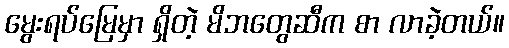
မွေးရပ်မြေမှာ ရှိတဲ့ မိဘတွေဆီက စာ လာခဲ့တယ်။